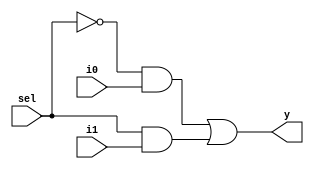
`timescale 1ns / 1ps

module mux_2x1(y,i0,i1,sel);

input i0,i1,sel;
output y;


assign y = (~sel & i0) | (sel & i1);        //assign y = sel?i1:i0;


endmodule